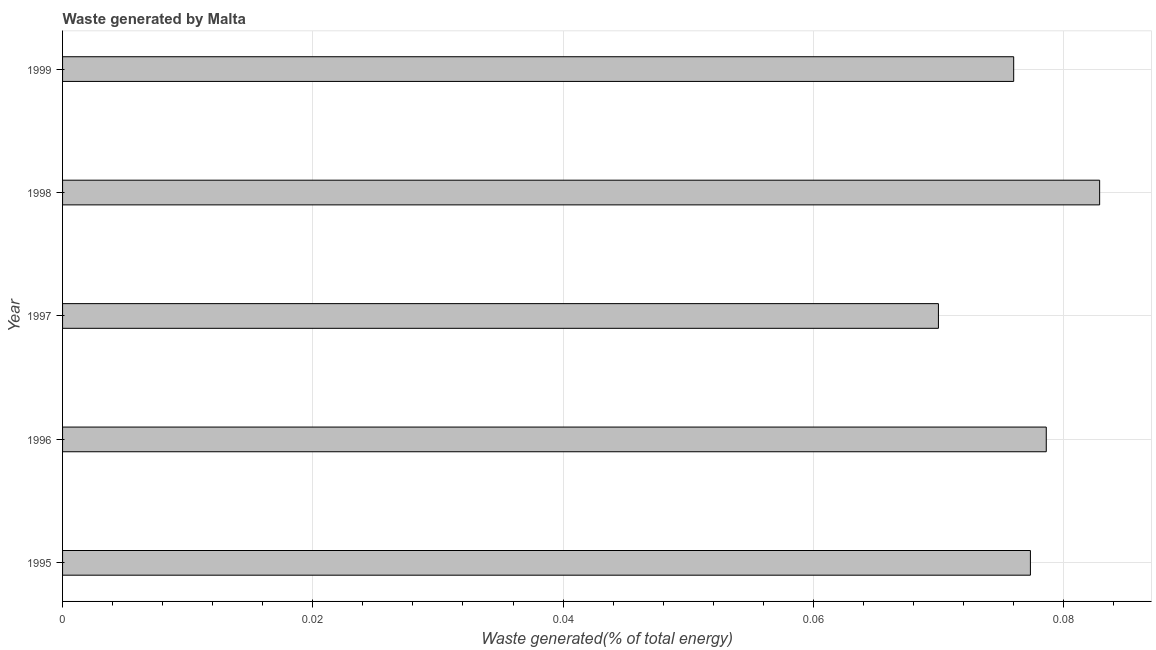
| Year | Combustible renewables and waste (% of total energy) |
 | --- | --- |
 | 1995 | 0.0774 |
 | 1996 | 0.0786 |
 | 1997 | 0.07 |
 | 1998 | 0.0829 |
 | 1999 | 0.076 |